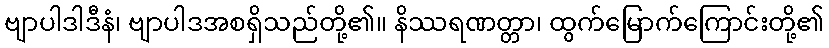
ဗျာပါဒါဒီနံ၊ ဗျာပါဒအစရှိသည်တို့၏။ နိဿရဏတ္တာ၊ ထွက်မြောက်ကြောင်းတို့၏